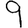
Digit: 9